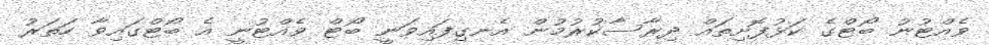
ވެއްޓުނު ބޯޓްގެ ކަޅުފޮށިތައް ދިރާސާކުރުމުން އެނގިފައިވަނީ ބޯޓް ވެއްޓުނީ އެ ބޯޓްގައިވާ ހަތަރު